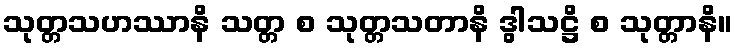
သုတ္တသဟဿာနိ သတ္တ စ သုတ္တသတာနိ ဒွါသဋ္ဌိ စ သုတ္တာနိ။